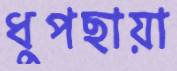
ধুপছায়া